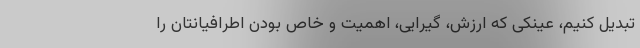
تبدیل کنیم، عینکی که ارزش، گیرایی، اهمیت و خاص بودن اطرافیانتان را